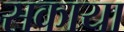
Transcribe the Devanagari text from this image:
सकाया